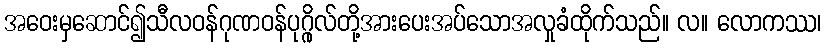
အဝေးမှဆောင်၍သီလဝန်ဂုဏဝန်ပုဂ္ဂိုလ်တို့အားပေးအပ်သောအလှုခံထိုက်သည်။ လ။ လောကဿ၊